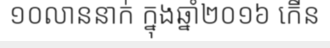
១០លាននាក់ ក្នុងឆ្នាំ២០១៦ កើន